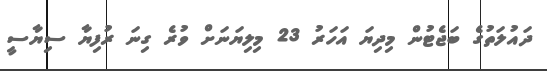
ދައުލަތުގެ ބަޖެޓުން މިދިޔަ އަހަރު 23 މިލިޔަނަށް ވުރެ ގިނަ ރުފިޔާ ސިޔާސީ